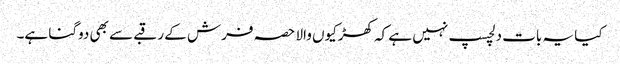
کیا یہ بات دلچسپ نہیں ہے کہ کھڑکیوں والا حصہ فرش کے رقبے سے بھی دوگنا ہے۔